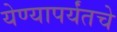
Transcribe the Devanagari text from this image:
येण्यापर्यंतचे